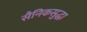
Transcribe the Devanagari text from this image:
सैनिकसुद्धा